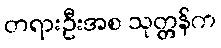
တရားဦးအစ သုတ္တန်က